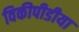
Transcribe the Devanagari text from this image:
विकीपीडीया